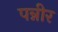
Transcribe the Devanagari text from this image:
पन्नीर